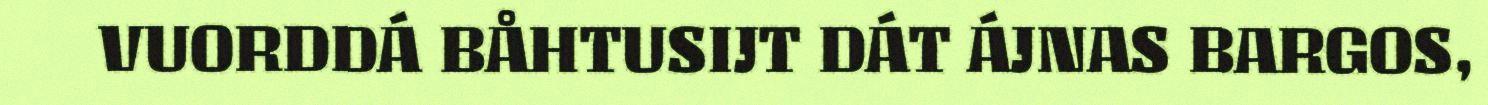
VUORDDÁ BÅHTUSIJT DÁT ÁJNAS BARGOS,